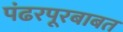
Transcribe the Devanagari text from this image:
पंढरपूरबाबत